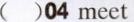
( )04 meet